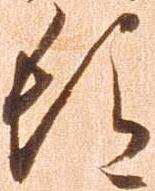
頓